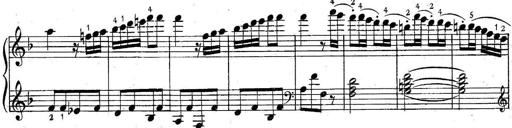
Title: 6 Easy Sonatinas
Composer: Carl Czerny